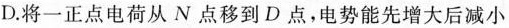
D.将一正点电荷从N点移到D点，电势能先增大后减小